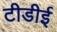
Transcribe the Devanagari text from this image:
टीडीई